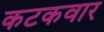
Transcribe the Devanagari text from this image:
कटकवार